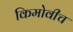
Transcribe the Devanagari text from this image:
किमोवीच